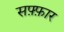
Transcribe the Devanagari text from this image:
सफ़्फ़ार